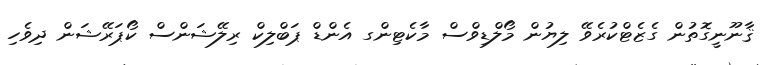
ޤާނޫނީގޮތުން ގެޒެޓްކުރެވޭ ލިޔުން މޯލްޑިވްސް މާކެޓިންގ އެންޑް ޕަބްލިކް ރިލޭޝަންސް ކޯޕަރޭޝަން ދިވެހި